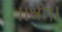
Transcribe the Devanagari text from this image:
।।श्री।।